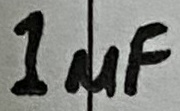
Text: 1µF